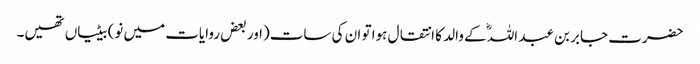
حضرت جابر بن عبد اللہؓ کے والد کا انتقال ہوا تو ان کی سات(اور بعض روایات میں نو) بیٹیاں تھیں۔